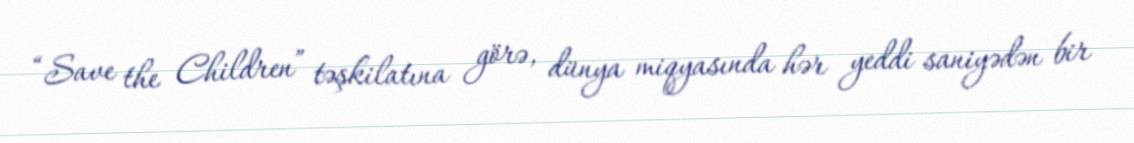
“Save the Children” təşkilatına görə, dünya miqyasında hər yeddi saniyədən bir